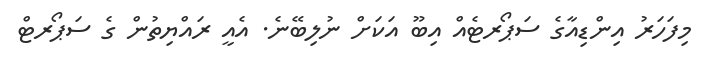
މިފަހަރު އިންޑިއާގެ ސަޕޯރޓެއް އިބޫ އަކަށް ނުލިބޭނެ. އެއީ ރައްޔިތުން ގެ ސަޕޯރޓް